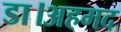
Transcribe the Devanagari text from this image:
डा।अहमद